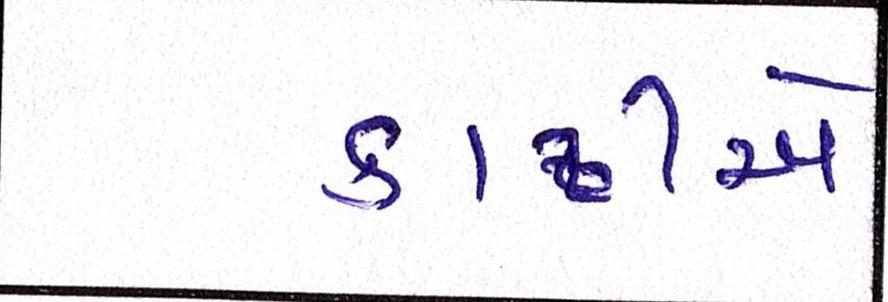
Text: કાઢીએ